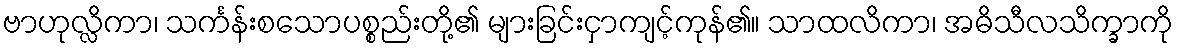
ဗာဟုလ္လိကာ၊ သင်္ကန်းစသောပစ္စည်းတို့၏ များခြင်းငှာကျင့်ကုန်၏။ သာထလိကာ၊ အဓိသီလသိက္ခာကို